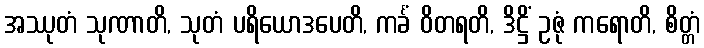
အဿုတံ သုဏာတိ, သုတံ ပရိယောဒပေတိ, ကင်္ခံ ဝိတရတိ, ဒိဋ္ဌိံ ဥဇုံ ကရောတိ, စိတ္တံ